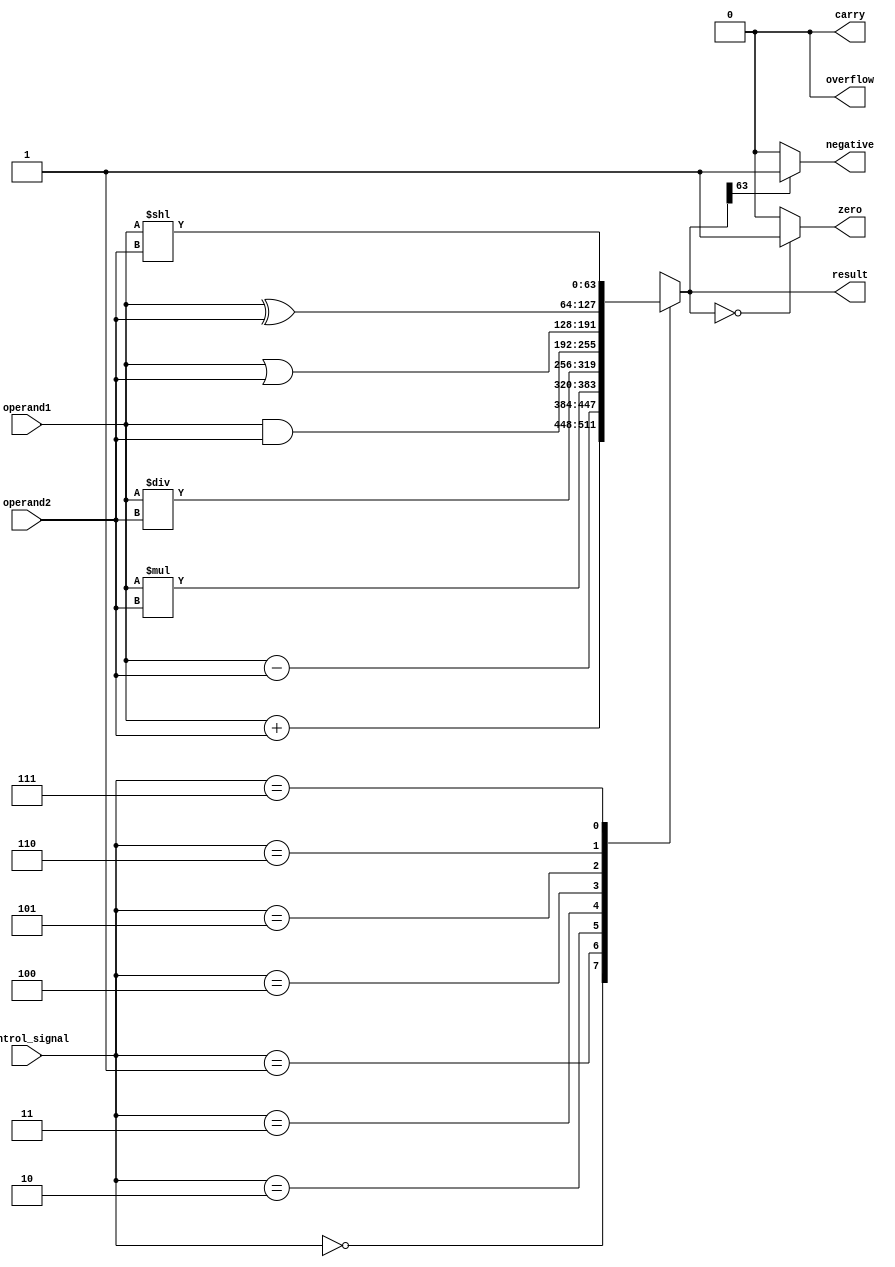
module ALU_64bit(
    input [63:0] operand1,
    input [63:0] operand2,
    input [2:0] control_signal,
    output reg [63:0] result,
    output reg overflow,
    output reg carry,
    output reg zero,
    output reg negative
);

always @(*) begin
    overflow = 0;
    carry = 0;
    zero = 0;
    negative = 0;

    case(control_signal)
        3'b000: result = operand1 + operand2; // addition
        3'b001: result = operand1 - operand2; // subtraction
        3'b010: result = operand1 * operand2; // multiplication
        3'b011: result = operand1 / operand2; // division
        3'b100: result = operand1 & operand2; // bitwise AND
        3'b101: result = operand1 | operand2; // bitwise OR
        3'b110: result = operand1 ^ operand2; // bitwise XOR
        3'b111: result = operand1 << operand2; // shift left
        default: result = 64'hx; // default value
    endcase

    if(result == 0) zero = 1;
    if(result[63] == 1) negative = 1;
    
    // add overflow and carry flags if needed
    // implement logic gates for flags
end

endmodule